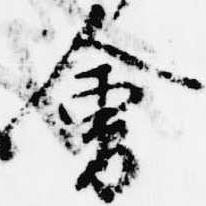
会